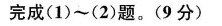
完成(1)~(2)题。(9分)